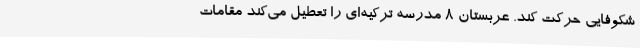
شکوفایی حرکت کند. عربستان‌ ۸ مدرسه ترکیه‌ای را تعطیل می‌کند مقامات